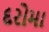
દરોમા